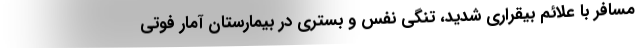
مسافر با علائم بیقراری شدید، تنگی نفس و بستری در بیمارستان آمار فوتی